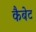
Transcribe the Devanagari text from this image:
कैबेट